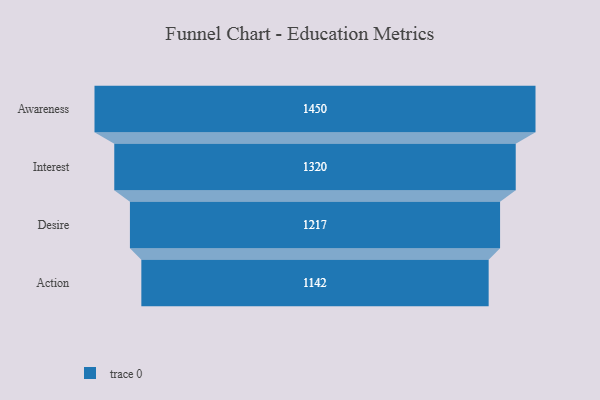
{"axis": {"x": "Stage", "y": "Value"}, "legend": [""], "data": [{"x": "Awareness", "y": 1450.0, "type": ""}, {"x": "Interest", "y": 1320.0, "type": ""}, {"x": "Desire", "y": 1217.0, "type": ""}, {"x": "Action", "y": 1142.0, "type": ""}]}